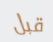
قبل